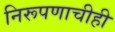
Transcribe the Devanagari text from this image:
निरूपणाचीही